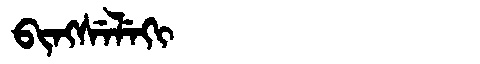
Manchu: ᠪᡳᠩᠰᡝᠯᡝᡴᡳ
Romanization: BINGSELEKI